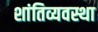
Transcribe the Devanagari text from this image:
शांतिव्यवस्था